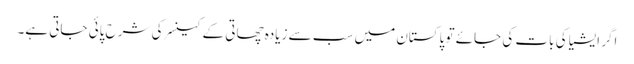
اگر ایشیا کی بات کی جائے تو پاکستان میں سب سے زیادہ چھاتی کے کینسر کی شرح پائی جاتی ہے۔